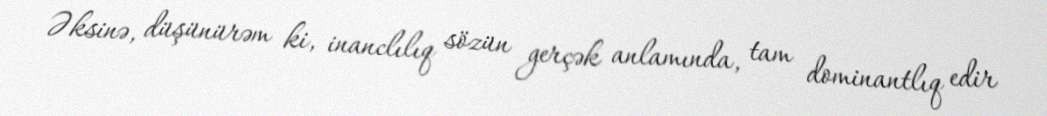
Əksinə, düşünürəm ki, inanclılıq sözün gerçək anlamında, tam dominantlıq edir